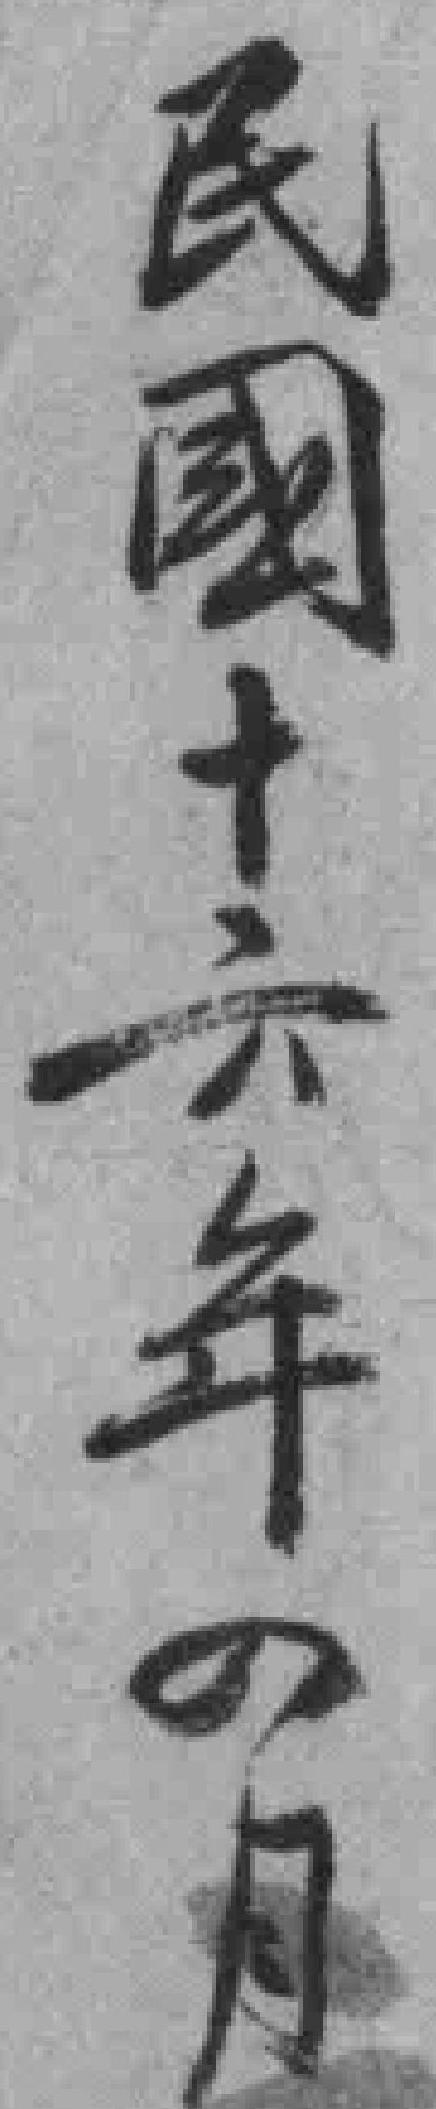
民國十六年四月